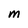
Character: M